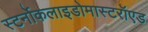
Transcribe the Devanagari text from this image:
स्टर्नोकलाइडोमास्टरॉएड